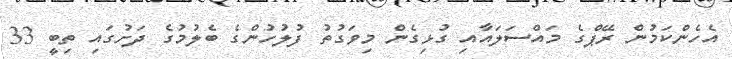
އެހެންކަމުން ރޭޕްގެ މައްސަލައާއި ގުޅިގެން މިވަގުތު ފުލުހުންގެ ބެލުމުގެ ދަށުގައި ތިބީ 33